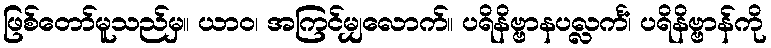
ဖြစ်တော်မူသည်မှ။ ယာဝ၊ အကြင်မျှလောက်။ ပရိနိဗ္ဗာနပလ္လင်္ကံ၊ ပရိနိဗ္ဗာန်ကို